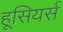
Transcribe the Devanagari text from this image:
हूसियर्स